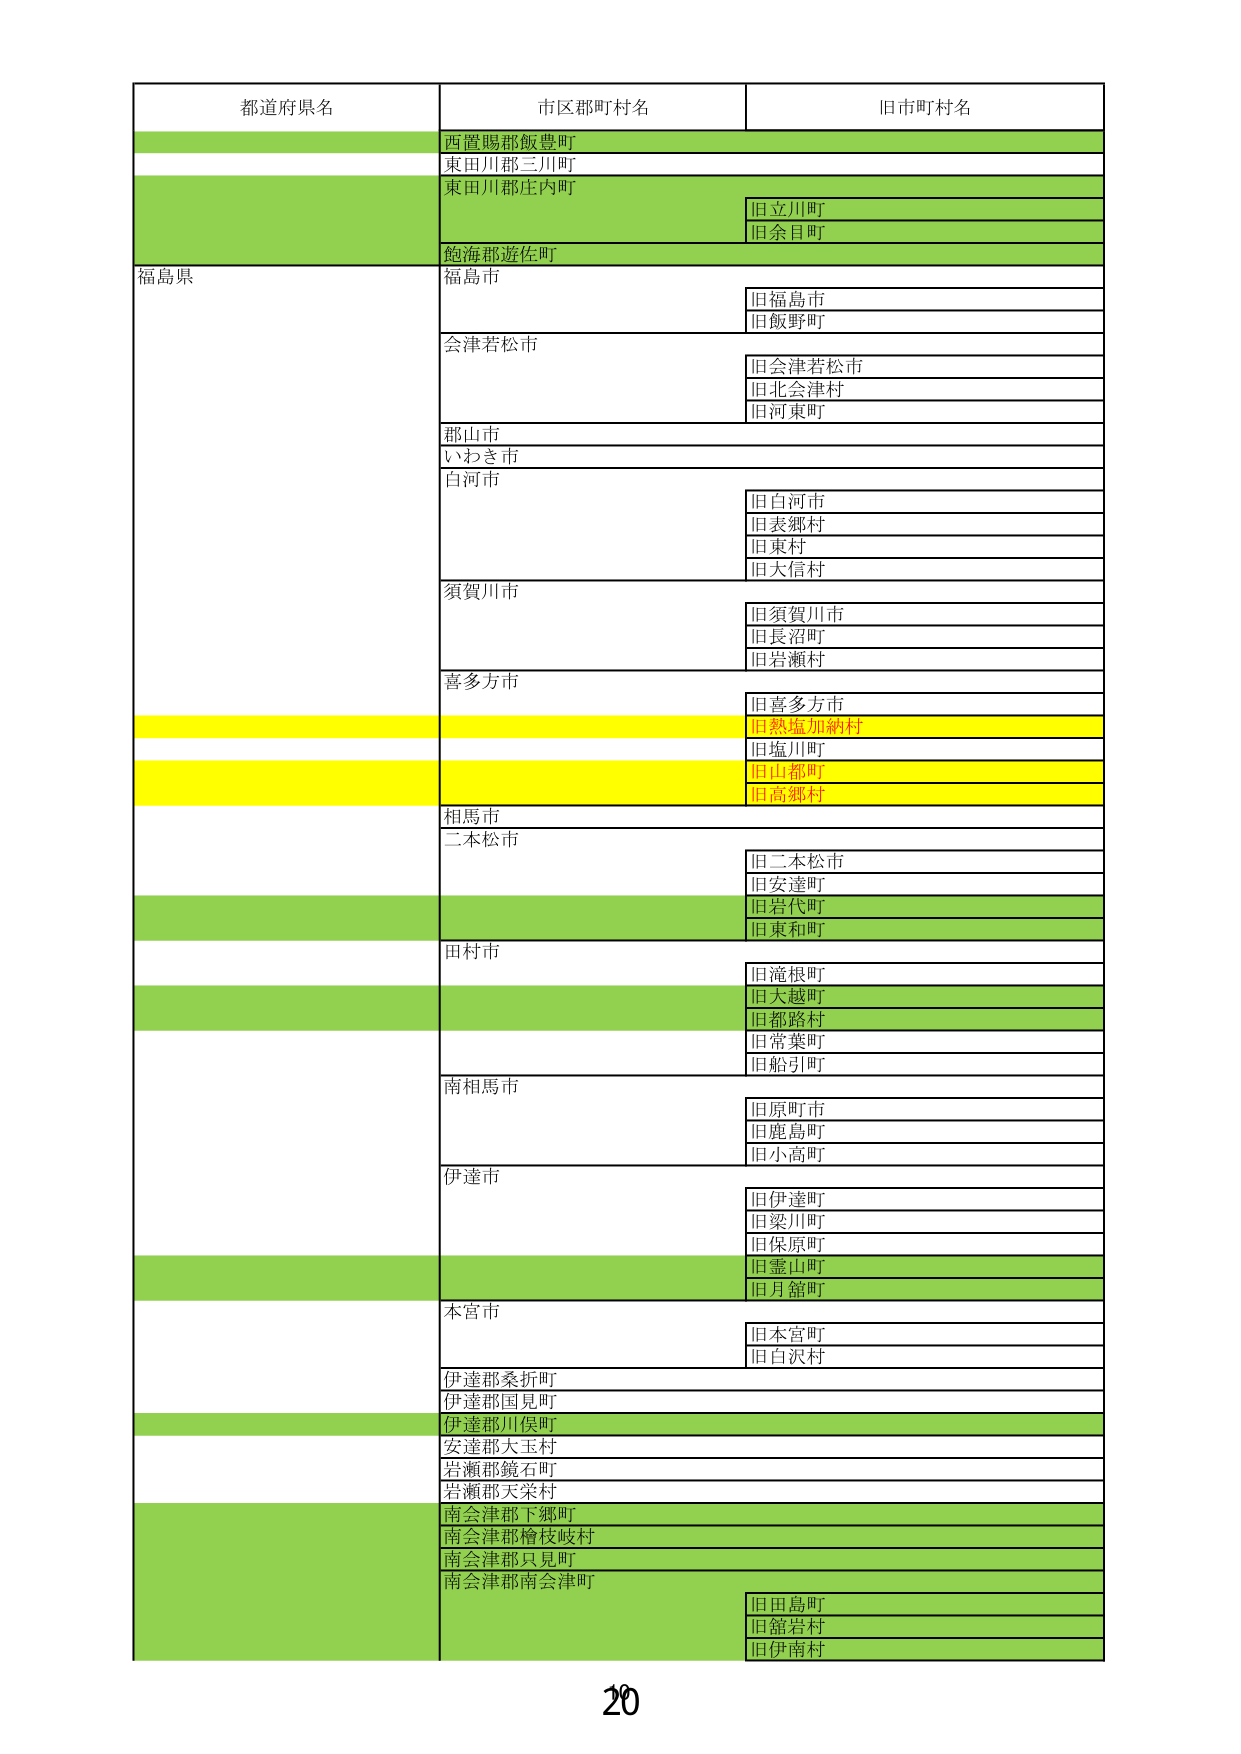
都道府県名 市区郡町村名 旧市町村名
西置賜郡飯豊町
東田川郡三川町
東田川郡庄内町 旧立川町
旧余目町
飽海郡遊佐町
福島県 福島市 旧福島市
旧飯野町
会津若松市 旧会津若松市
旧北会津村
旧河東町
郡山市
いわき市
白河市 旧白河市
旧表郷村
旧東村
旧大信村
須賀川市 旧須賀川市
旧長沼町
旧岩瀬村
喜多方市 旧喜多方市
旧熱塩加納村
旧塩川町
旧山都町
旧高郷村
相馬市
二本松市 旧二本松市
旧安達町
旧岩代町
旧東和町
田村市 旧滝根町
旧大越町
旧都路村
旧常葉町
旧船引町
南相馬市 旧原町市
旧鹿島町
旧小高町
伊達市 旧伊達町
旧梁川町
旧保原町
旧霊山町
旧月舘町
本宮市 旧本宮町
旧白沢村
伊達郡桑折町
伊達郡国見町
伊達郡川俣町
安達郡大玉村
岩瀬郡鏡石町
岩瀬郡天栄村
南会津郡下郷町
南会津郡檜枝岐村
南会津郡只見町
南会津郡南会津町 旧田島町
旧舘岩村
旧伊南村
20